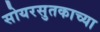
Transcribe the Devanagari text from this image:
सोयरसुतकाच्या